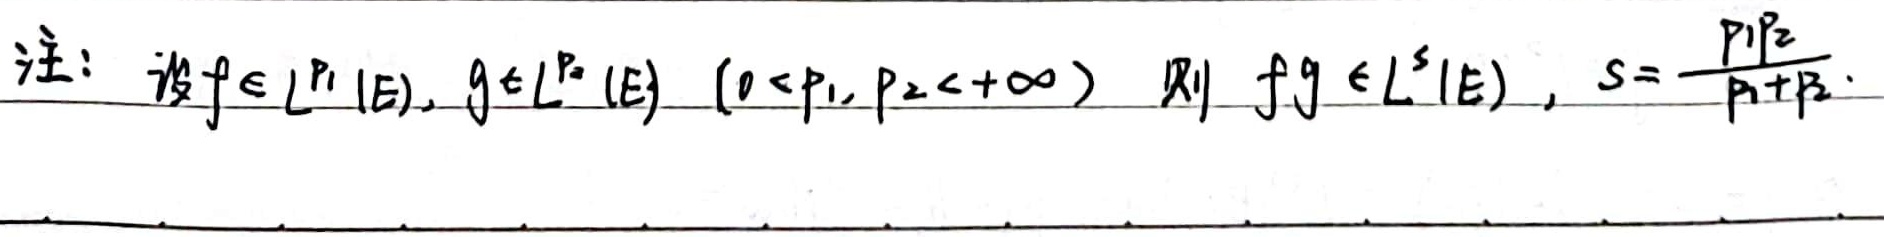
注：设\(f \in L^{p_1}(E)\)，\(g \in L^{p_2}(E)\ (0 < p_1, p_2 < +\infty)\)，则 \(fg \in L^{s}(E)\)，\(s = \frac{p_1p_2}{p_1 + p_2}\)。